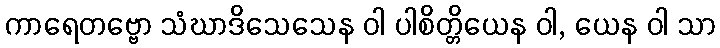
ကာရေတဗ္ဗော သံဃာဒိသေသေန ဝါ ပါစိတ္တိယေန ဝါ, ယေန ဝါ သာ